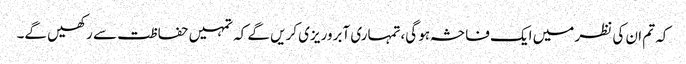
کہ تم ان کی نظر میں ایک فاحشہ ہو گی،تمہاری آبروریزی کریں گے کہ تمہیں حفاظت سے رکھیں گے۔